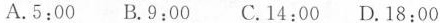
A.5:00 B.9:00 C.14:00 D.18:00